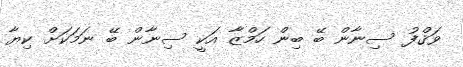
ވަޤްފު ސިނާން ބޭ ބިން ހަމްޒާ އަކީ ސިނާން ބޭ ނަމަކަށް ކިޔާ